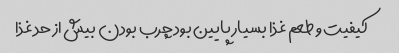
کیفیت و طعم غذا بسیار پایین بود چرب بودن بیش از حد غذا